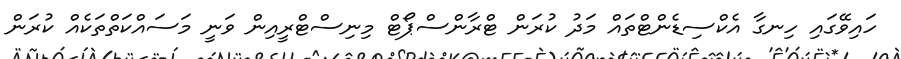
ހައިވޭގައި ހިނގާ އެކްސިޑެންޓްތައް މަދު ކުރަން ޓްރާންސްޕޯޓް މިނިސްޓްރީއިން ވަނީ މަސައްކަތްތަކެއް ކުރަން